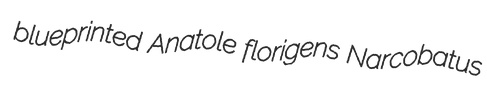
blueprinted Anatole florigens Narcobatus